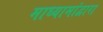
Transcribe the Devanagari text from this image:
माध्यामांद्वारा